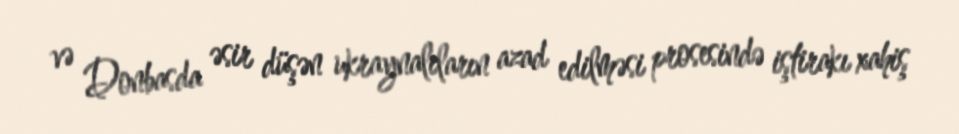
və Donbasda əsir düşən ukraynalıların azad edilməsi prosesində iştirakı xahiş